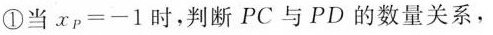
①当$$x p = - 1$$时，判断PC与PD的数量关系，